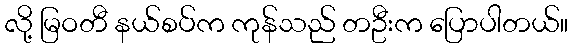
လို့ မြဝတီ နယ်စပ်က ကုန်သည် တဦးက ပြောပါတယ်။